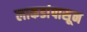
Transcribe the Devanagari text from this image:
लाकडांपासून